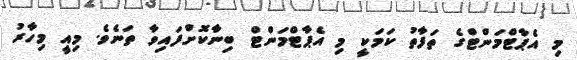
މި އެޕާޓްމަންޓްގެ ތަފާތު ކަމަކީ މި އެޕާޓްމަންޓް ބިނާކޮށްފައިވާ ތަނެވެ. މިއީ މިހާރު